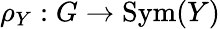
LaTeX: \rho_{Y}:G\to\operatorname{Sym}(Y)